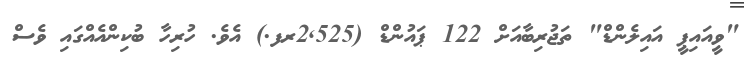
"ވީއައިޕީ އައިލެންޑް" ތަޖުރިބާއަށް 122 ޕައުންޑް (2